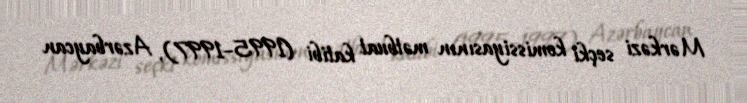
Mərkəzi seçki komissiyasının mətbuat katibi (1995–1997), Azərbaycan